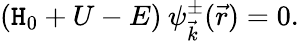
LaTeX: (\mathtt{H}_{0}+U-E)\: \psi_{\vec{{k}}}^{\pm}(\vec{{r}})=0.